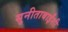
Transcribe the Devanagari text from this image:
सुनीताबाईंशी